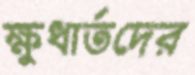
ক্ষুধার্তদের